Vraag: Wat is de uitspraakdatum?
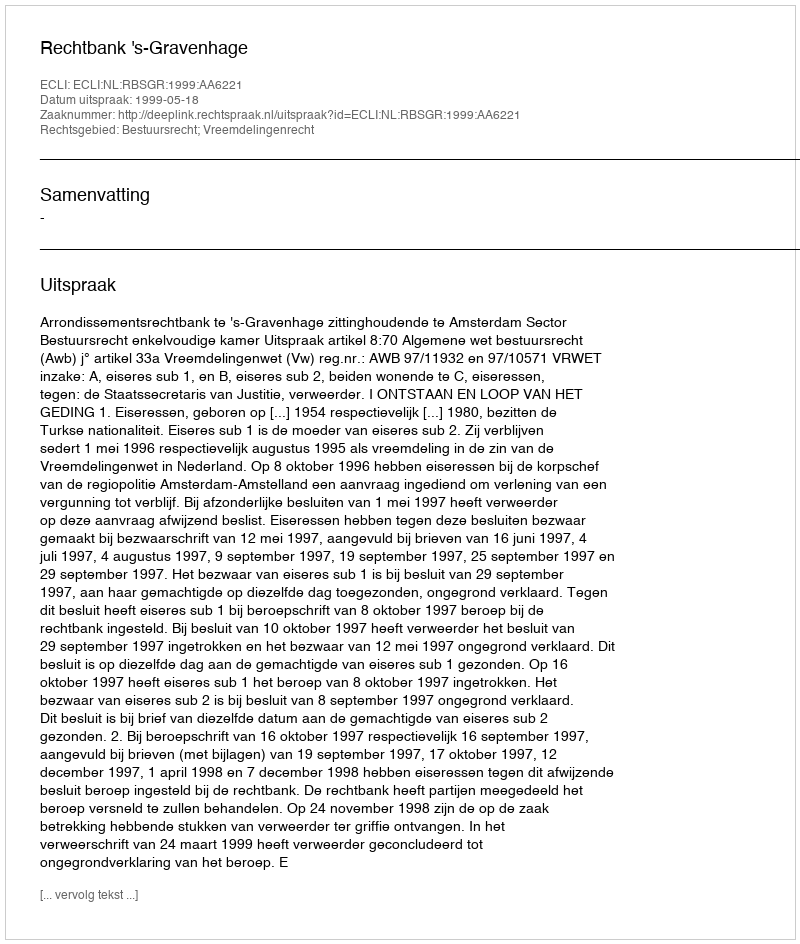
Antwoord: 1999-05-18